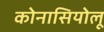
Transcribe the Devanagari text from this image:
कोनासियोलू